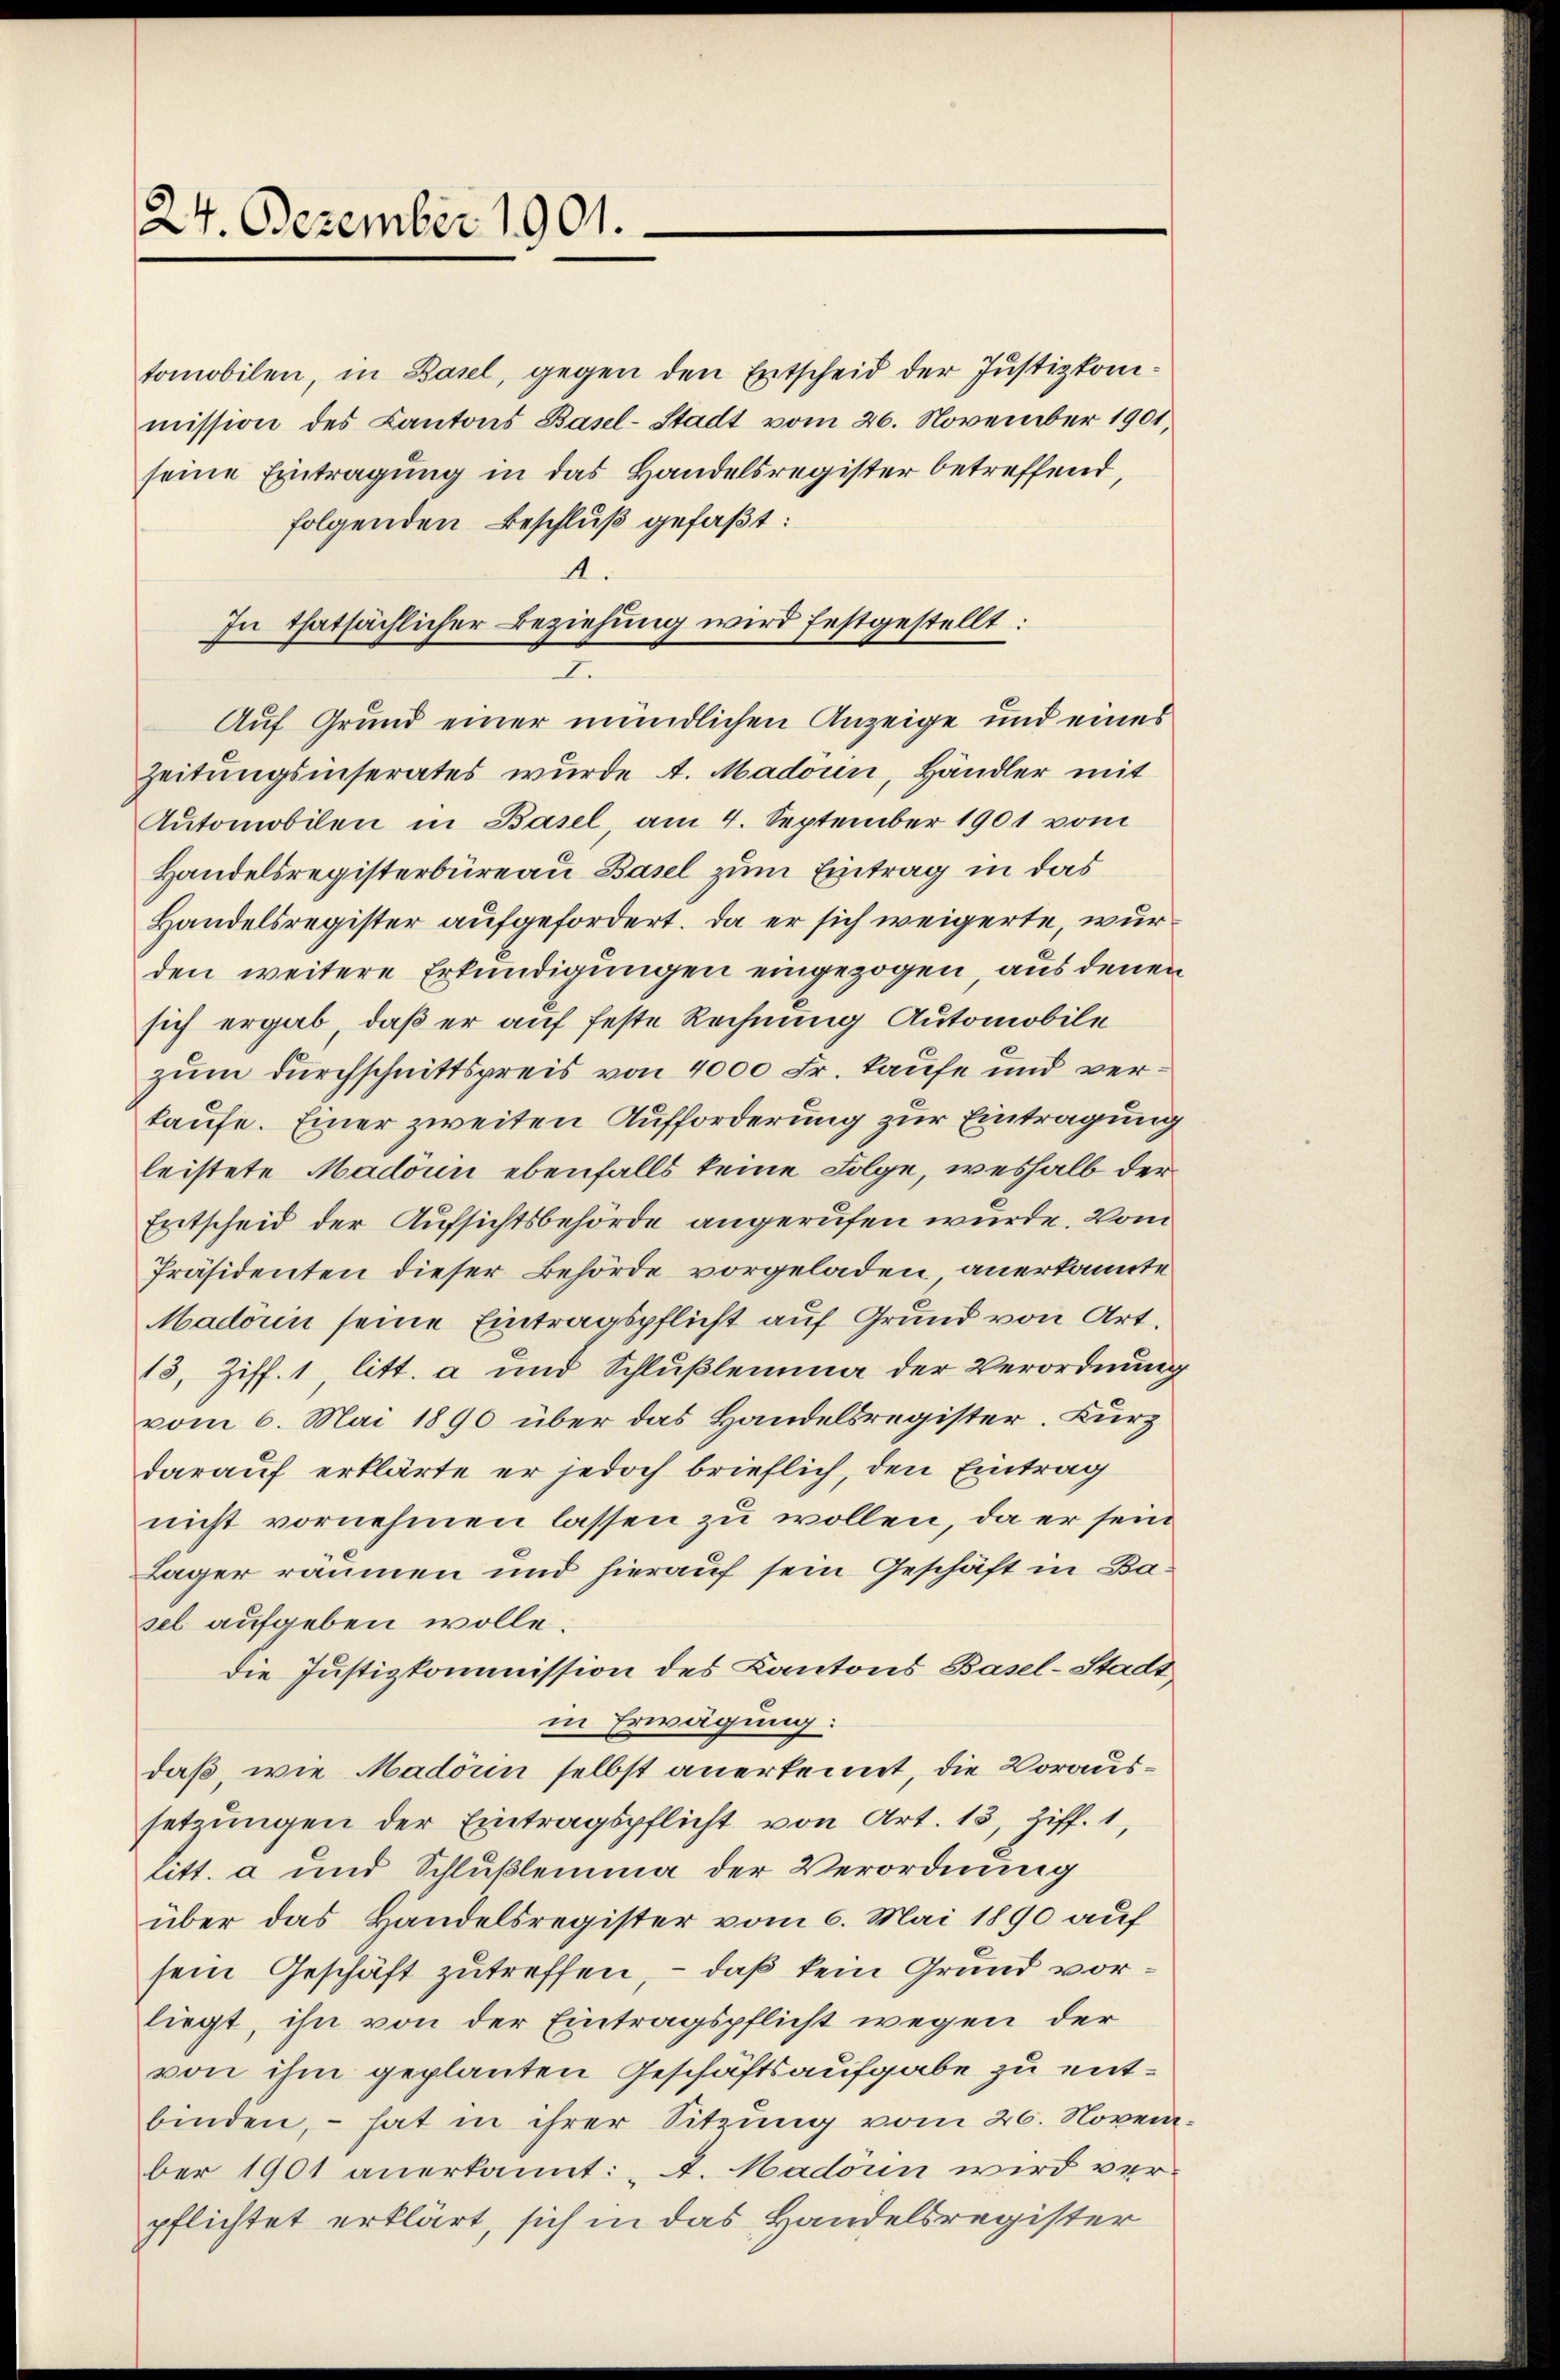
24. Dezember 1901.

tomobilen, in Basel, gegen den Entscheid der Justizkommission des Cantons Basel-Stadt vom 26. November 1901.
seine Eintragung in das Handelsregister betreffend,
folgenden Beschluß gefaßt:
Zeitungsinserates wurde A. Madoin, Händler mit
Automobilen in Basel, am 4. September 1901 vom
Handelsregisterbüreau Basel zum Eintrag in das
Handelsregister aufgefordert. Da er sich weigerte, wurden weitere Erkundigungen eingezogen, aus denen
sich ergab, daß er auf feste Rechnung Automobile
zum Durchschnittspreis von 4000 Fr. Laufe und verkaufe. Einer zweiten Aufforderung zur Eintragung
leistete Madörin ebenfalls keine Folge, weshalb der
Entscheid der Aufsichtsbehörde angerufen wurde. Vom
Präsidenten dieser Behörde vorgeladen, anerkannte
Madörin seine Eintragspflicht auf Grund von Art.
18, Ziff. 1, litt. a und Schlußlemma der Verordnung
vom 6. Mai 1890 über das Handelsregister. Kurz
darauf erklärte er jedoch brieflich, den Eintrag
nicht vornehmen lassen zu wollen, da er sein
Läger räumen und hierauf sein Geschäft in Basel aufgeben wolle.
die Justizkommission des Kantons Basel-Stadt
in Erwägung:
daß, wie Madorn selbst anerkennt, die Voraussetzungen der Eintragspflicht von Art. 13, Ziff. 1,
litt. a und Schlußlemma der Verordnung
über das Handelsregister vom 6. Mai 1890 auf
sein Geschäft zutreffen, – daß kein Grund vorliegt, ihn von der Eintragspflicht wegen der
von ihm geplanten Geschäftsaufgabe zu entbinden, – hat in ihrer Sitzung vom 26. Novem
ber 1901 anerkannt: A. Madonn wird ver-
pflichtet erklärt, sich in das Handelsregister

4
In thatsächlicher Beziehung wird festgestellt:
I.
Auf Grund einer mündlichen Anzeige und eines